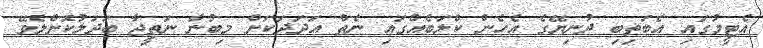
އެޓީމުގައި އެބަތިބި ދުނިޔޭގެ އެހެން ކްލަބެއްގައި ނެތް އަދަދަކަށް މިބުނާ ނަތީޖާ ބަދަލުކޮށްލެވޭ